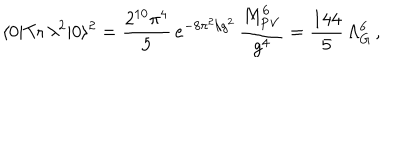
\langle 0 | \mathrm { T r } \, \lambda ^ { 2 } | 0 \rangle ^ { 2 } = \frac { 2 ^ { 1 0 } \pi ^ { 4 } } { 5 } \, e ^ { - 8 \pi ^ { 2 } / g ^ { 2 } } \, \frac { M _ { \mathrm { P V } } ^ { 6 } } { g ^ { 4 } } = \frac { 1 4 4 } { 5 } \, \Lambda _ { G } ^ { 6 } \, ,